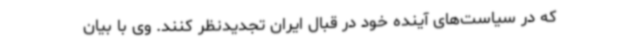
که در سیاست‌های آینده خود در قبال ایران تجدیدنظر کنند. وی با بیان